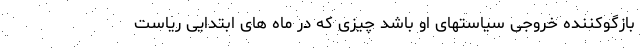
بازگوکننده خروجی سیاستهای او باشد چیزی که در ماه های ابتدایی ریاست